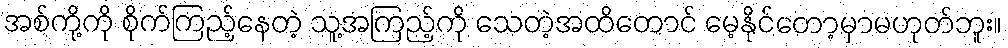
အစ်ကို့ကို စိုက်ကြည့်နေတဲ့ သူ့အကြည့်ကို သေတဲ့အထိတောင် မေ့နိုင်တော့မှာမဟုတ်ဘူး။